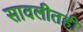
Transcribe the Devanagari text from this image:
सावलीतही